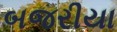
બજરીયા